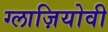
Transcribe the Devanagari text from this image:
ग्लाज़ियोवी